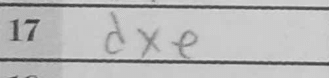
Transcription: dxe